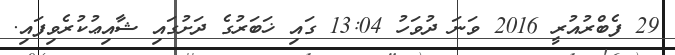
29 ފެބްރުއުރީ 2016 ވަނަ ދުވަހު 13:04 ގައި ޚަބަރުގެ ދަށުގައި ޝާއިޢުކުރެވިފައި.